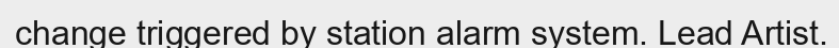
change triggered by station alarm system. Lead Artist.